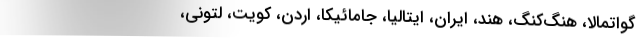
گواتمالا، هنگ‌کنگ، هند، ایران، ایتالیا، جامائیکا، اردن، کویت، لتونی،